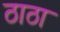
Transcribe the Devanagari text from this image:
ठाठा